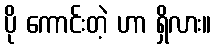
ပို ကောင်းတဲ့ ဟာ ရှိလား။